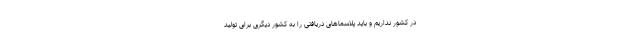
در کشور نداریم و باید پلاسماهای دریافتی را به کشور دیگری برای تولید